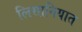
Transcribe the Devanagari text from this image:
लिसानियात